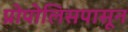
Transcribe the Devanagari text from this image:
प्रोपोलिसपासून